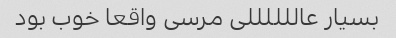
بسیار عاللللللی مرسی واقعا خوب بود